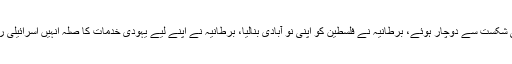
پہلی جنگ عظیم میں عثمانی شکست سے دوچار ہوئے، برطانیہ نے فلسطین کو اپنی نو آبادی بنالیا، برطانیہ نے اپنے لیے یہودی خدمات کا صلہ انہیں اسرائیلی ریاست کی شکل میں دے دیا۔